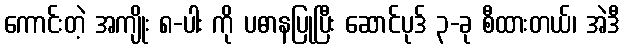
ကောင်းတဲ့ အကျိုး ၈-ပါး ကို ပဓာနပြုပြီး ဆောင်ပုဒ် ၃-ခု စီထားတယ်၊ အဲဒီ